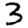
Digit: 3